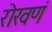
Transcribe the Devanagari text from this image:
रोखणं